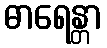
ဓာရေန္တာ